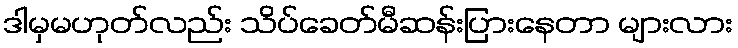
ဒါမှမဟုတ်လည်း သိပ်ခေတ်မီဆန်းပြားနေတာ များလား